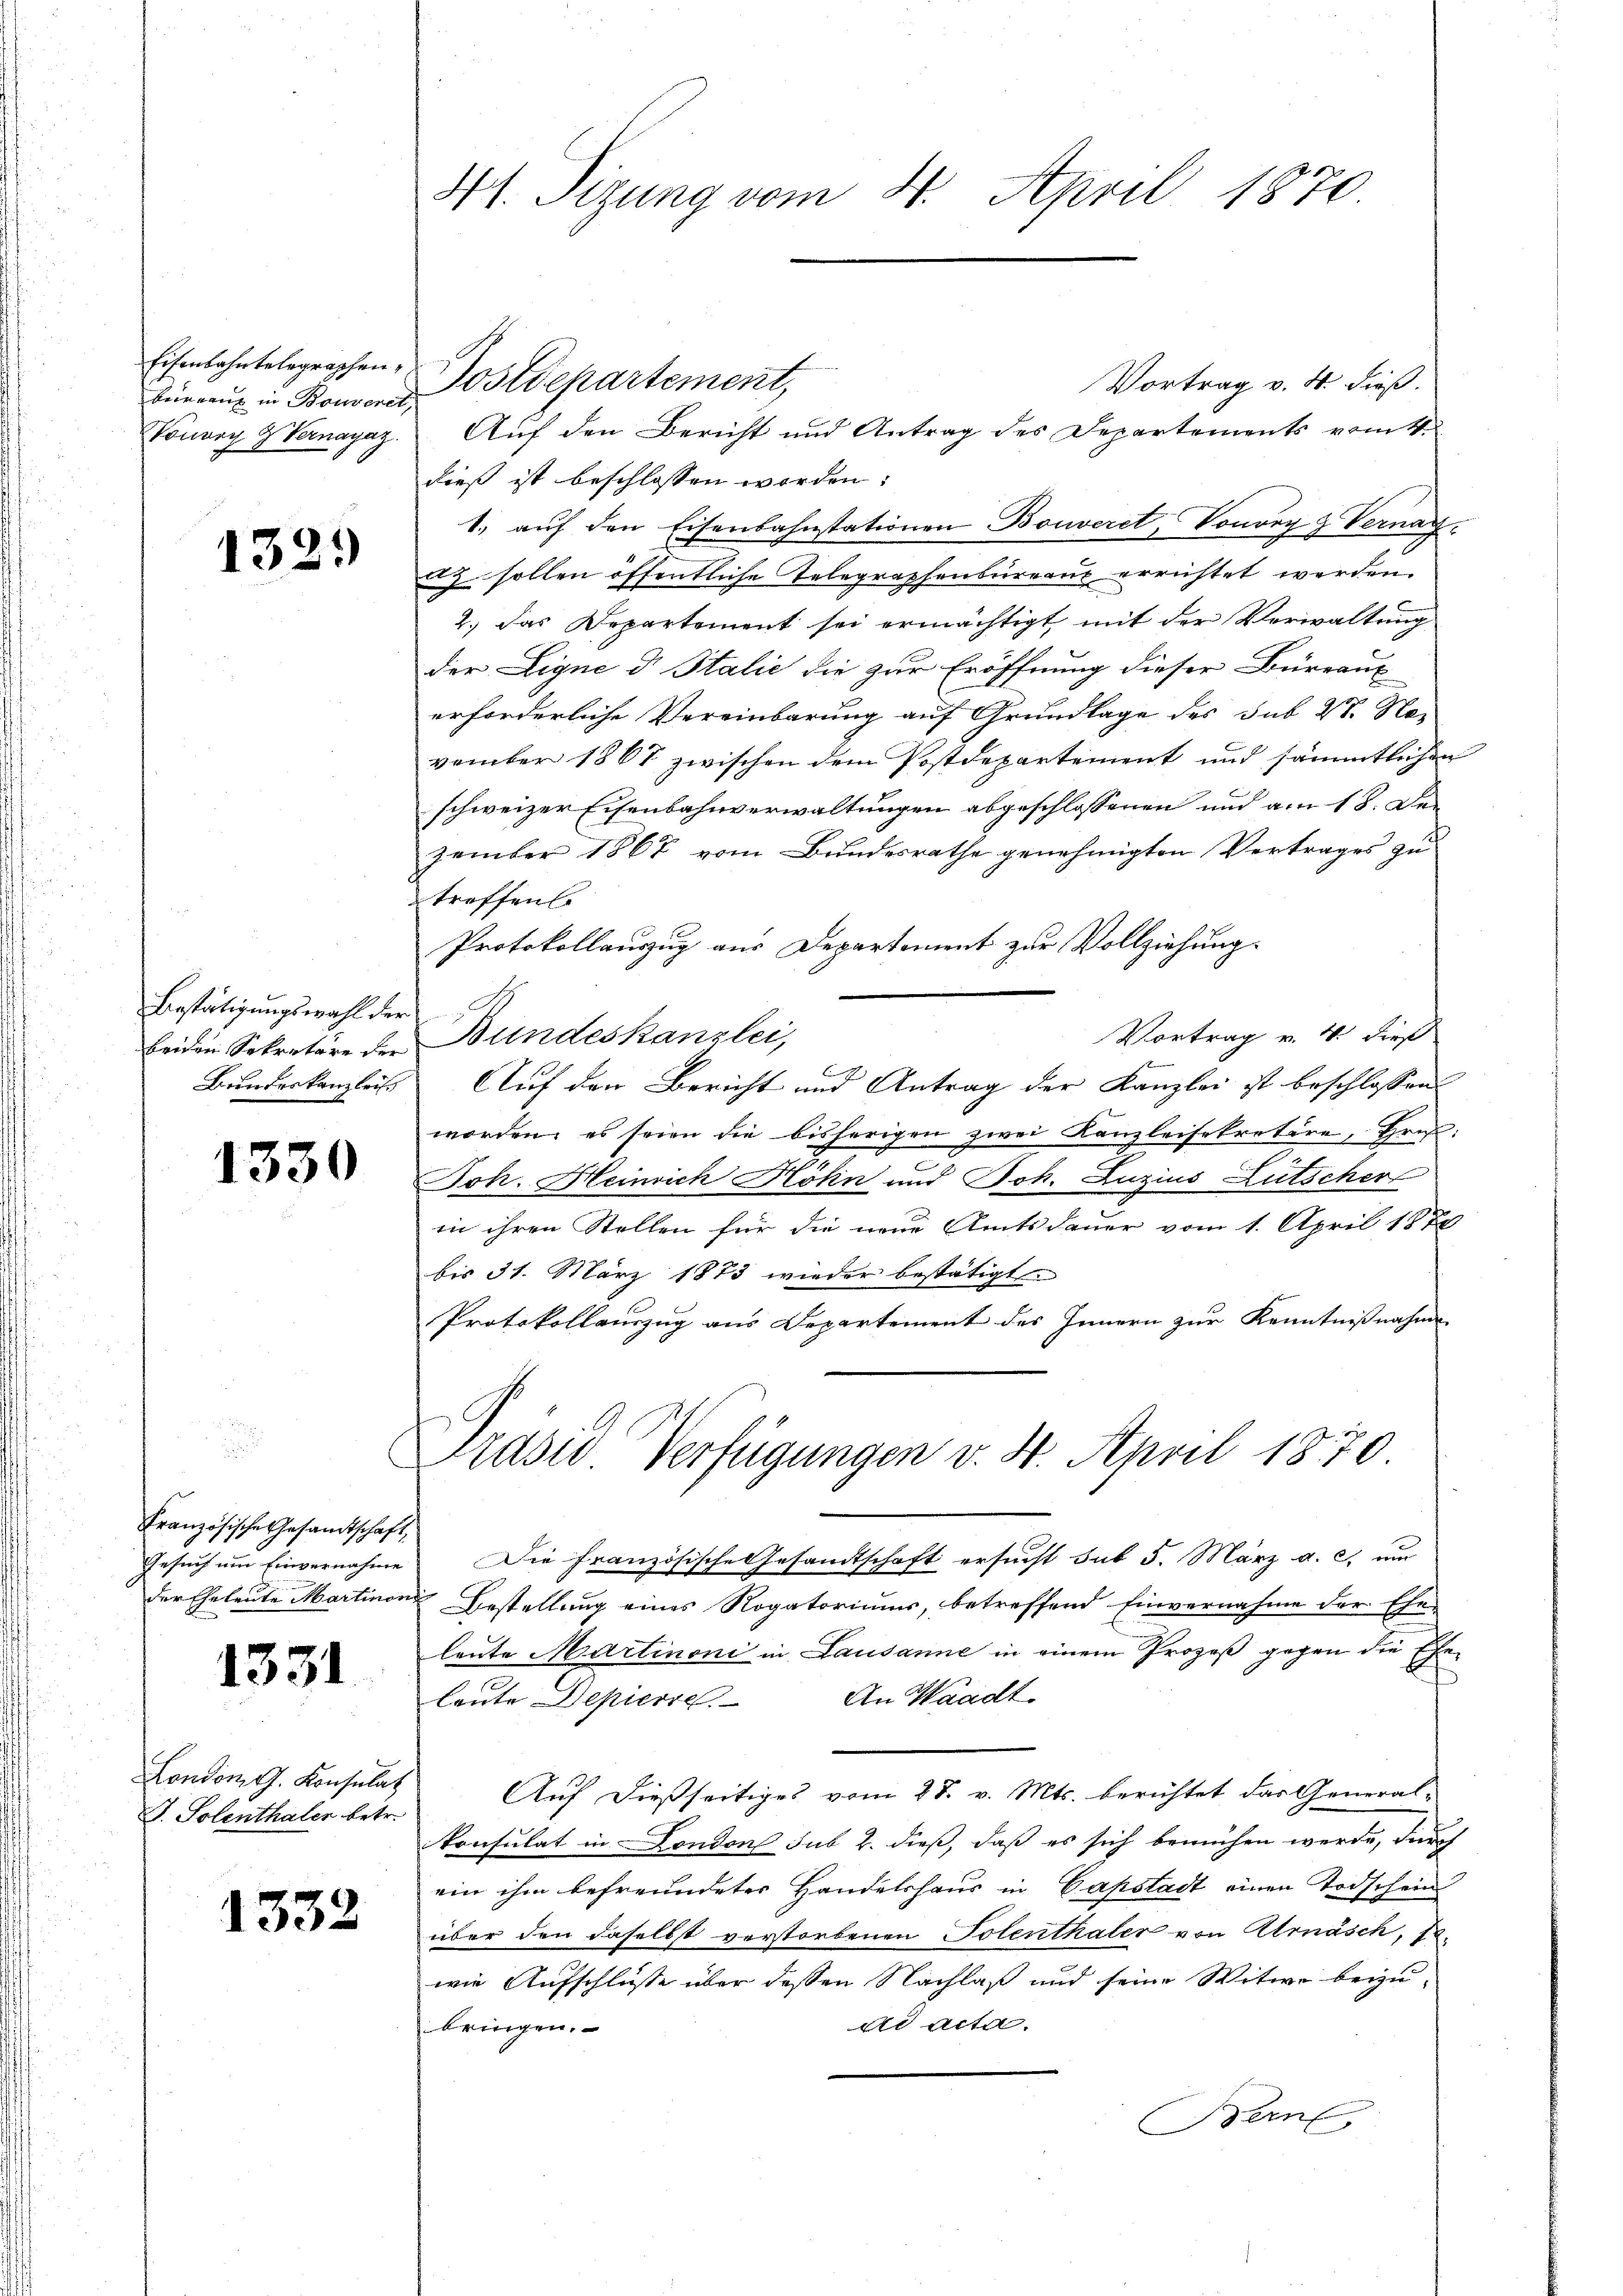
Eisenbahntelegraphen,
beirrenz in Bouveret
Vonorg Z Vornayaz.

1321)

Bestätigungswahl der
beiden Sekretäre der
Bundeskanzlei

1330

Französische Gesandtschaft,
Gesuch um Einvernahme
der Eheleute Martino

1331

London, G. Konsulat
J. Solenthaler betr.

1332

f

41. Sizung vom 4. April 1870

Vortrag v. 4. dieß.
Auf den Bericht und Antrag des Departements vom 4.
dieß ist beschlossen worden:
1. aŭf den Eisenbahnstationen Bouveret, Vouvry & Verna
az. sollen öffentliche Telegraphenbureaux errichtet werden.
2.) Das Departement sei ermächtigt mit der Verwaltung
der Ligne d Italić die zur Eröffnung dieser Büreaux
erforderliche Vereinbarung auf Grundlage des Sub 28. No-
vember 1867 zwischen dem Postdepartement und sämmtlichen
schweizer Eisenbahnverwaltungen abgeschlossenen und am 18. Dezember 1867 vom Bundesrathe genehmigten Vertrages zu
troffen.
Protokollauszug aus Departement zur Vollziehung.
Vortrag v. 4. dieß
Bundeskanzlei,
Auf den Bericht und Antrag der Kanzlei ist beschlossen
worden, es seien die bisherigen zwei Kanzleisekretire, Hrus
2
Joh. Heinrich Hohin und Joh. Luzius Lutscher
in ihren Stellen für die neue Amtsdauer vom 1. April 1888
bis 31. März 1873 wieder bestätigt.
Protokollauszug aus Departement des Innern zur Kenntnißnahme
Präsid Verfügungen v. 4. April 1870
Die Französische Gesandtschaft ersucht sub 5. März a. c. um
Bestellung eines Rogatoriums, betreffend Einvernahme der Ehe-
leute Martinoni in Lausanne in einem Prozeß gegen die Ehe
An Waadt
leute Depierte
Auf dießseitiges vom 28. v. Mts. berichtet das General-
Konsulat in London sub b. dieß, daß es sich bemühen werde, durch
ein ihm befreundeter Handelshaus in Capstadt einen Todschein
über den daselbst verstorbenen Polenthaler von Arnasch, so
wie Aufschlüsse über dessen Nachlaß und seine Witwe beizuad acta.
bringen.
Bern

Postdepartement,